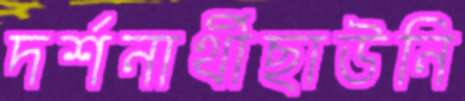
দর্শনার্থীছাউনি